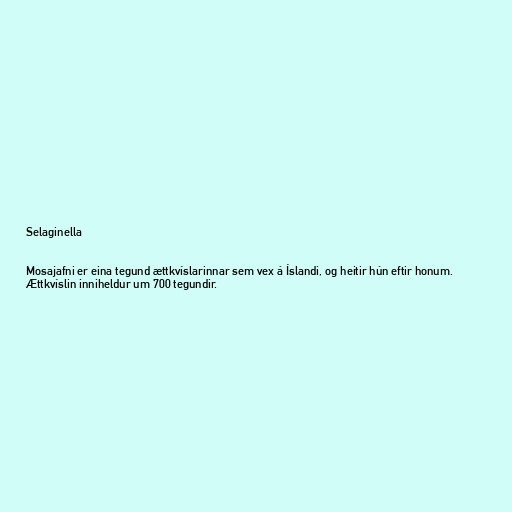
Selaginella

Mosajafni er eina tegund ættkvíslarinnar sem vex á Íslandi, og heitir hún eftir honum.
Ættkvíslin inniheldur um 700 tegundir.